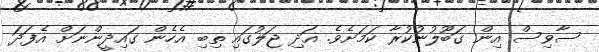
ސާވިސް އިން ގަބޫލުނުކުރާ ކަމަށެވެ. އަދި ޖަލުގައި ތިބި އެހެން ގައިދީންނަށް އެފަދަ